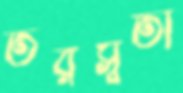
তরস্বতী